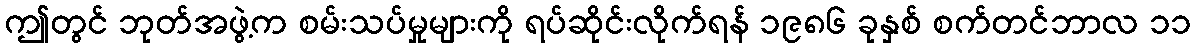
ဤတွင် ဘုတ်အဖွဲ့က စမ်းသပ်မှုများကို ရပ်ဆိုင်းလိုက်ရန် ၁၉၈၆ ခုနှစ် စက်တင်ဘာလ ၁၁